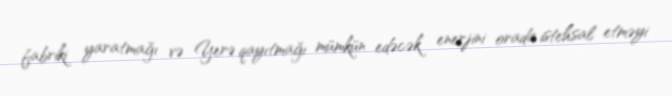
fabriki yaratmağı və Yerə qayıtmağı mümkün edəcək enerjini orada istehsal etməyi